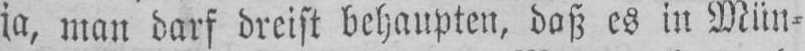
ja, man darf dreist behaupten, daß es in Mün⸗